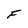
Character: F